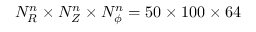
N _ { R } ^ { n } \times N _ { Z } ^ { n } \times N _ { \phi } ^ { n } = 5 0 \times 1 0 0 \times 6 4